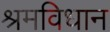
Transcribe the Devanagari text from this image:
श्रमविधान